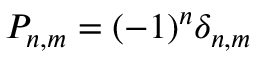
P _ { n , m } = ( - 1 ) ^ { n } \delta _ { n , m }